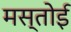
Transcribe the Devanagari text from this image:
मस्तोई